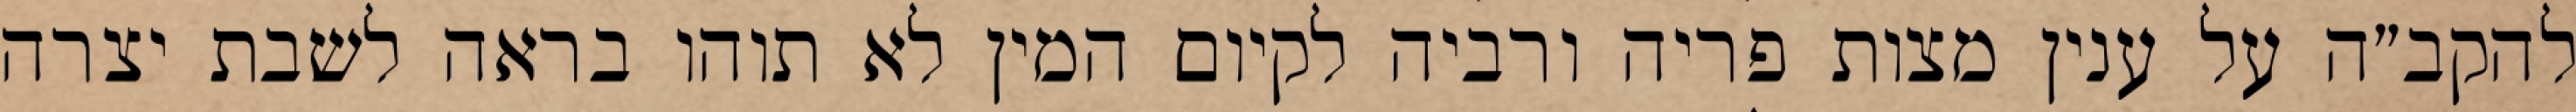
להקב״ה על ענין מצות פריה ורביה לקיום המין לא תוהו בראה לשבת יצרה